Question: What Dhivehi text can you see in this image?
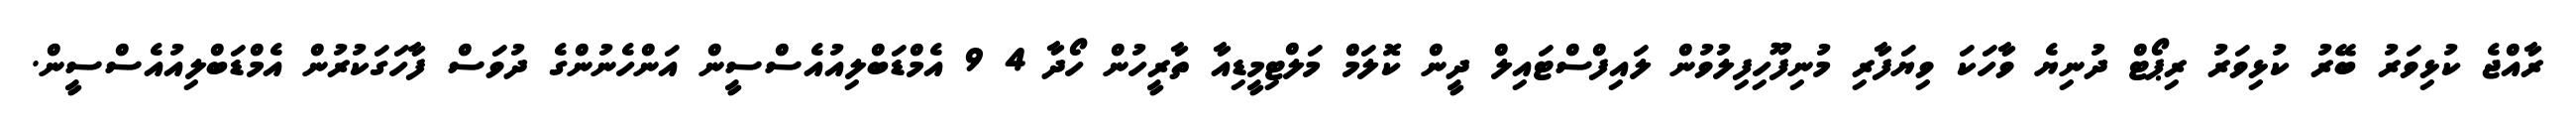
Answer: ރާއްޖެ ކުޅިވަރު ބޭރު ކުޅިވަރު ރިޕޯޓް ދުނިޔެ ވާހަކަ ވިޔަފާރި މުނިފޫހިފިލުވުން ލައިފްސްޓައިލް ދީން ކޮލަމް މަލްޓިމީޑިއާ ތާރީހުން ހޯދާ 4 9 އެމްޑަބްލިއުއެސްސީން އަންހެނުންގެ ދުވަސް ފާހަގަކުރުން އެމްޑަބްލިއުއެސްސީން.